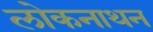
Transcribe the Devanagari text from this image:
लोकनाथन